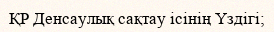
ҚР Денсаулық сақтау ісінің Үздігі;